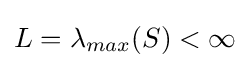
L=\lambda _{max}(S)<\infty